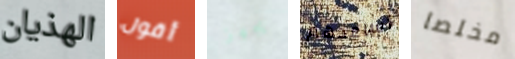
الهذيان أقول يجهز أساعدهم مخلصا